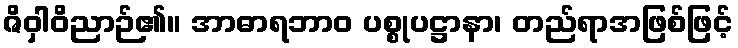
ဇိဝှါဝိညာဉ်၏။ အာဓာရဘာဝ ပစ္စုပဋ္ဌာနာ၊ တည်ရာအဖြစ်ဖြင့်